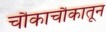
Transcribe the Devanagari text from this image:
चौकाचौकातून